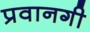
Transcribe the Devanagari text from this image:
प्रवानगी